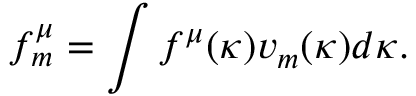
f _ { m } ^ { \mu } = \int f ^ { \mu } ( \kappa ) v _ { m } ( \kappa ) d \kappa .